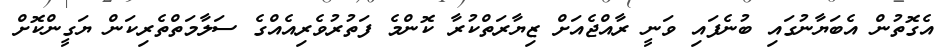
އެގޮތުން އެބަޔާނުގައި ބުނެފައި ވަނީ ރާއްޖެއަށް ޒިޔާރަތްކުރާ ކޮންމެ ފަތުރުވެރިއެއްގެ ސަލާމަތްތެރިކަން ޔަގީންކޮށް